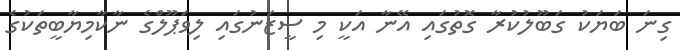
ގިނަ ބަޔަކު ގަބޫލުކުރާ ގޮތުގައި އޭނާ އަކީ މި ސީޒަނުގައި ލިވަޕޫލްގެ ނާކާމިޔާބީތަކުގެ